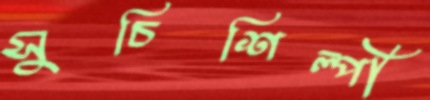
সুচিশিল্পী